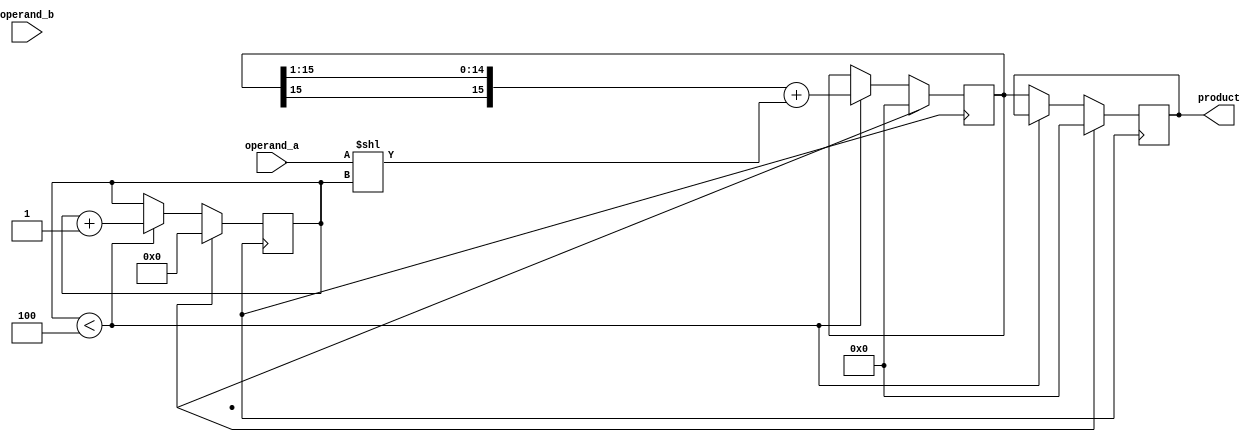
module shift_and_add_multiplier(
    input signed [7:0] operand_a,
    input signed [7:0] operand_b,
    output reg signed [15:0] product
);

reg signed [15:0] partial_product;
reg [3:0] shift_count;

always @(posedge clk) begin
    if (reset) begin
        partial_product <= 16'd0;
        shift_count <= 4'd0;
        product <= 16'd0;
    end else begin
        if (shift_count < 4) begin
            partial_product <= {partial_product[15], partial_product[15:1]} + (operand_a << shift_count);
            shift_count <= shift_count + 1;
        end else begin
            product <= partial_product;
        end
    end
end

endmodule